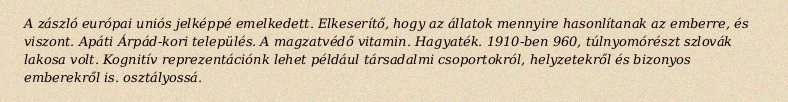
A zászló európai uniós jelképpé emelkedett. Elkeserítő, hogy az állatok mennyire hasonlítanak az emberre, és viszont. Apáti Árpád-kori település. A magzatvédő vitamin. Hagyaték. 1910-ben 960, túlnyomórészt szlovák lakosa volt. Kognitív reprezentációnk lehet például társadalmi csoportokról, helyzetekről és bizonyos emberekről is. osztályossá.